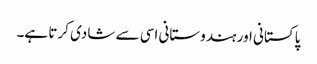
پاکستانی اور ہندوستانی اسی سے شادی کرتا ہے۔